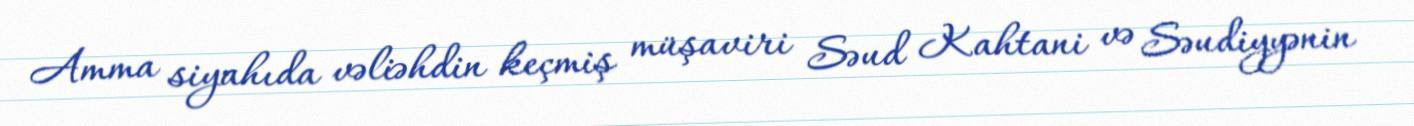
Amma siyahıda vəliəhdin keçmiş müşaviri Səud Kahtani və Səudiyyənin